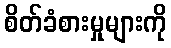
စိတ်ခံစားမှုများကို